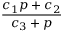
\frac { c _ { 1 } p + c _ { 2 } } { c _ { 3 } + p }